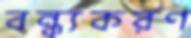
বন্ধ্যকরণ